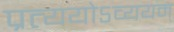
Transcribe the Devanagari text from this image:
प्रत्ययोऽव्ययम्